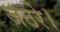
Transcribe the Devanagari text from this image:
जठरे।